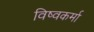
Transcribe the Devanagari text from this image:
विष्वकर्मा